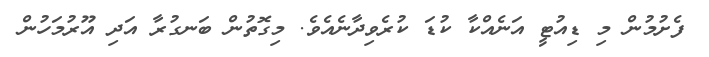
ފެށުމުން މި ޑިއުޓީ އަނެއްކާ ކުޑަ ކުރެވިދާނެއެވެ. މިގޮތުން ބަނގުރާ އަދި އޫރުމަހުން